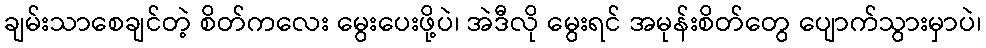
ချမ်းသာစေချင်တဲ့ စိတ်ကလေး မွေးပေးဖို့ပဲ၊ အဲဒီလို မွေးရင် အမုန်းစိတ်တွေ ပျောက်သွားမှာပဲ၊